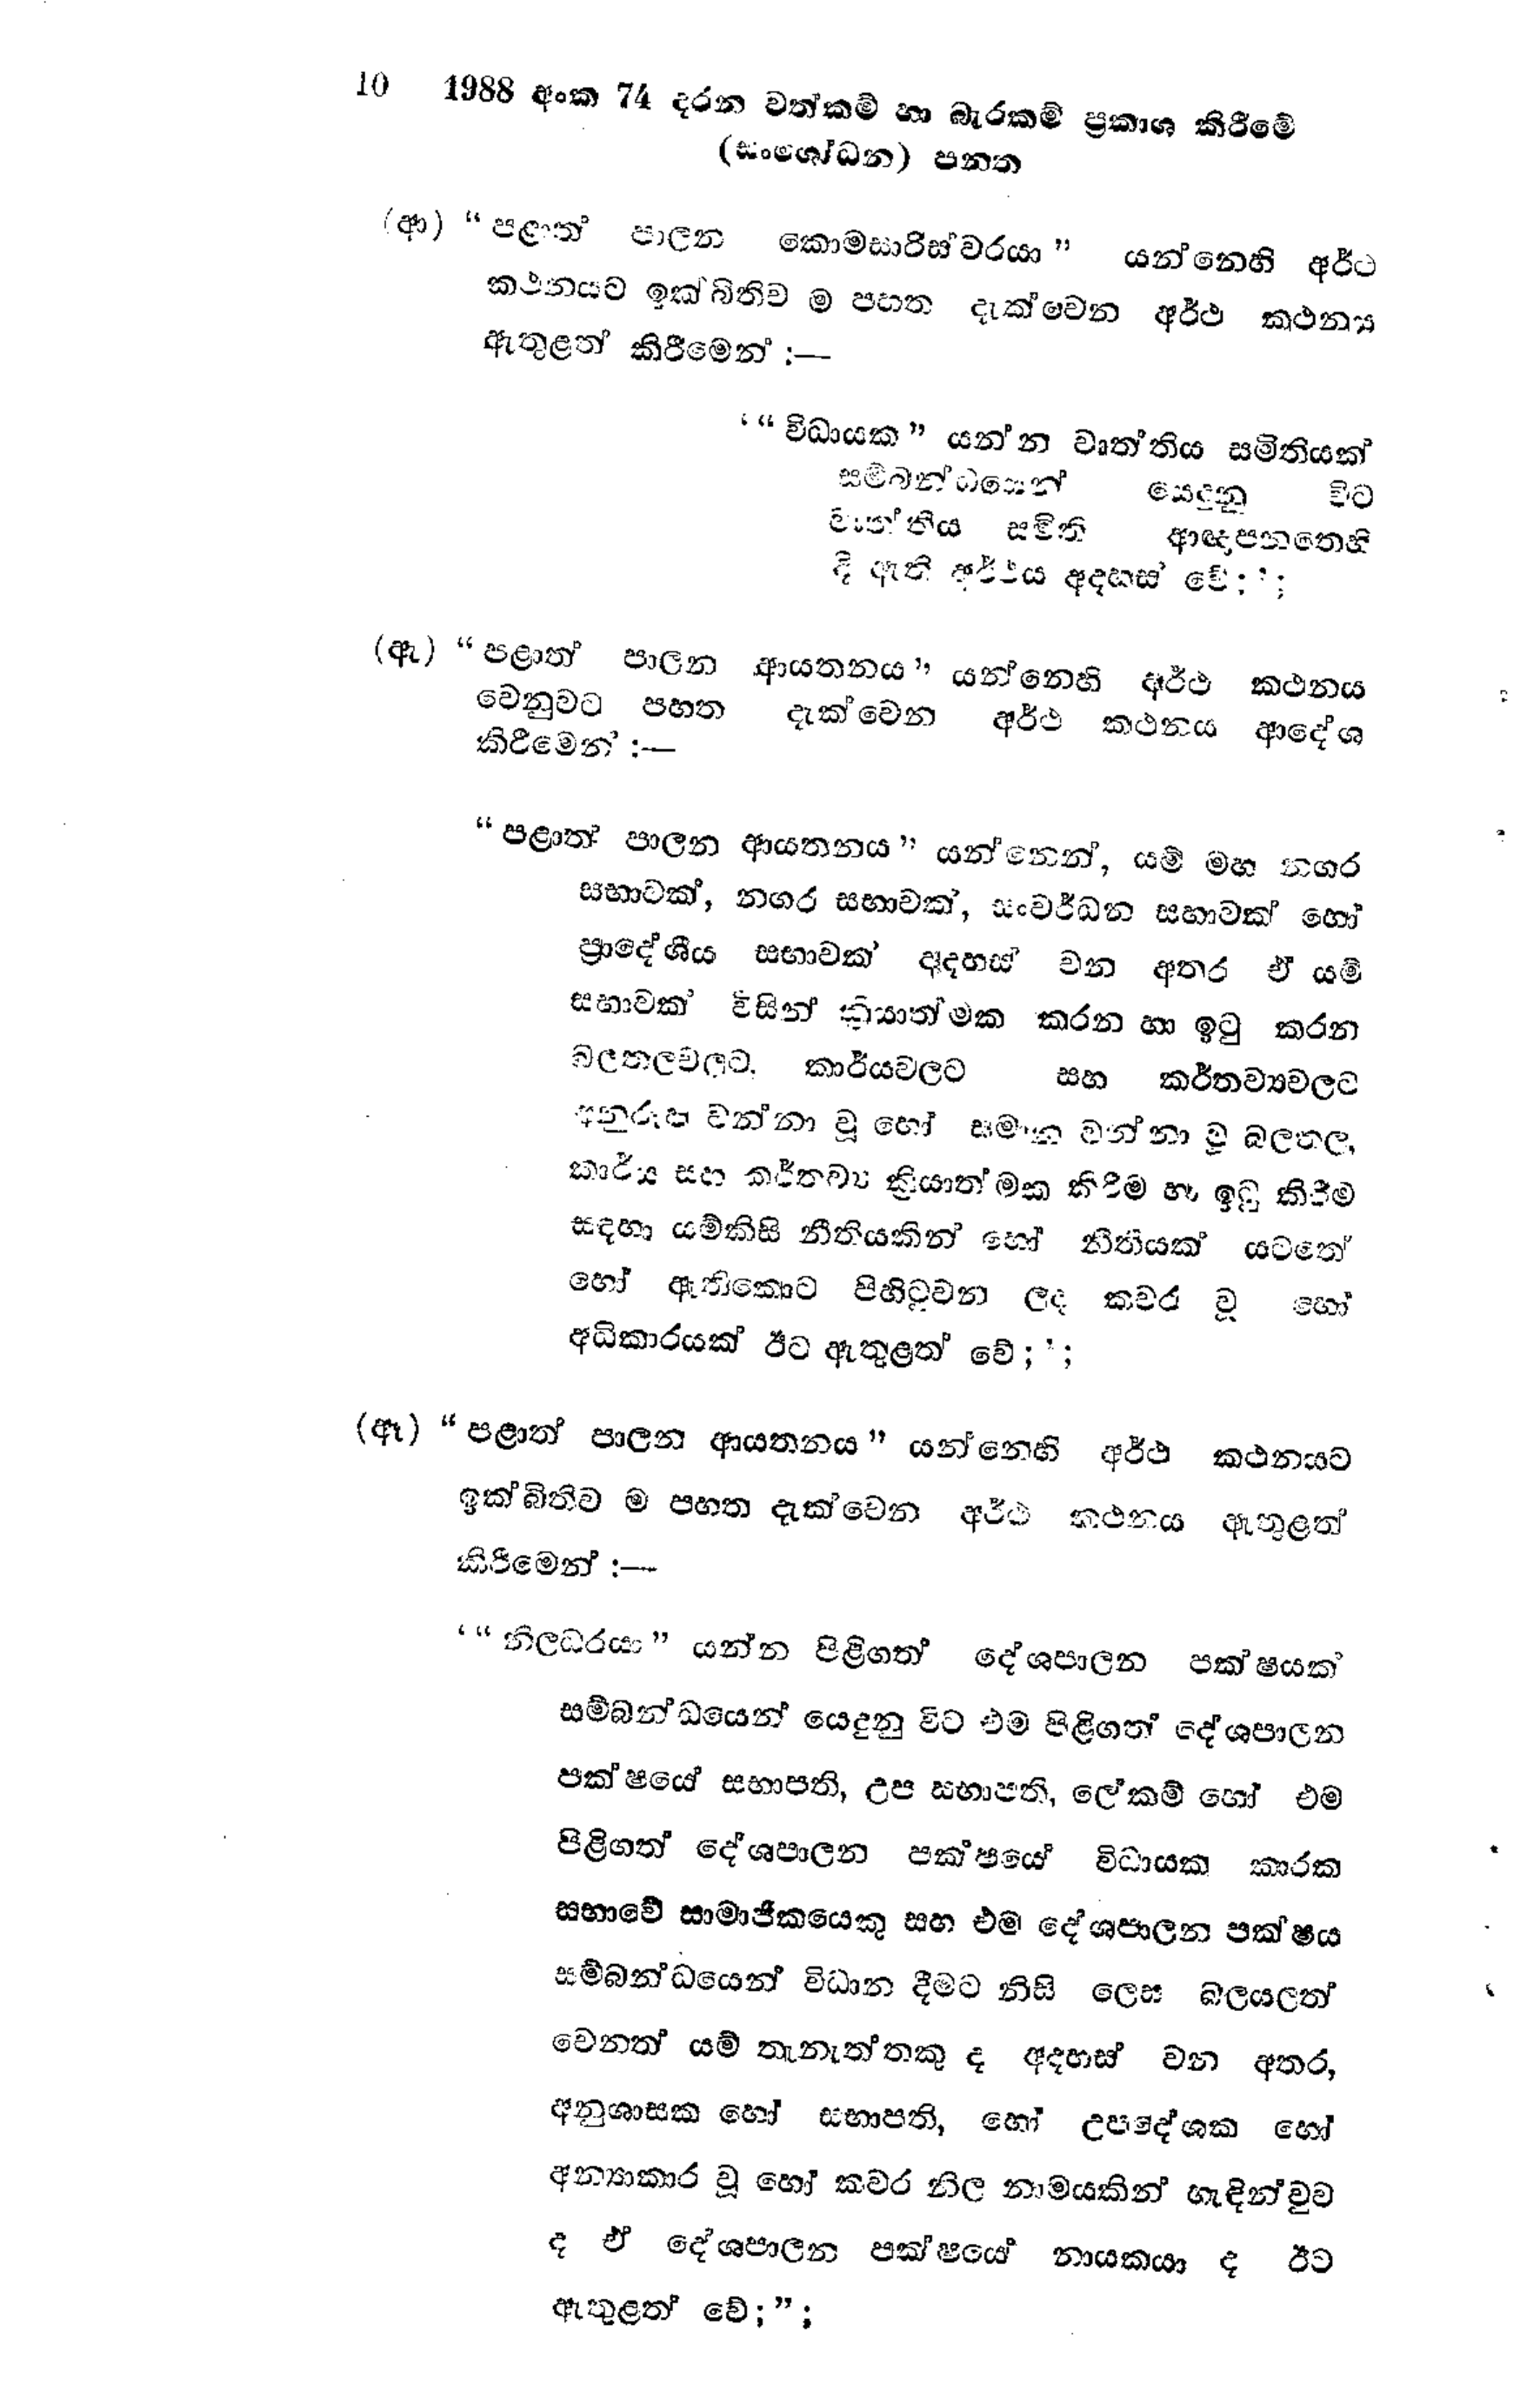
10 1988 අංක 74 දරන වත්කම් හා බැරකම් ප්‍රකාශ කිරීමේ
(සංශෝධන) පනත

(ආ) "පළාත් පාලන කොමසාරිස්වරයා " යන්නෙහි අර්ථ
කථනයට ඉක්බිතිව ම පහත දැක්වෙන අර්ථ කථන්‍ය
ඇතුළත් කිරීමෙන් :-

' "විධායක" යන්න වෘත්තිය සමිතියක්
සම්බන්ධයෙන් යෙදුනු විට
වෘත්තිය සමිති ආඥාපනතෙහි
දී ඇති අර්ථය අදහස් වේ;';

(ඇ) “පළාත් පාලන ආයතනය " යන්නෙහි අර්ථ කථනය
වෙනුවට පහත දැක්වෙන අර්ථ කථනය ආදේශ
කිරීමෙන් :-

"පළාත් පාලන ආයතනය " යන්නෙන්, යම් මහ නගර
සභාවක්, නගර සභාවක්, සංවර්ධන සභාවක් හෝ
ප්‍රාදේශීය සභාවක් අදහස් වන අතර ඒ යම්
සභාවක් විසින් ක්‍රියාත්මක කරන හා ඉටු කරන
බලතලවලට කාර්යවලට සහ කර්තව්‍යවලට
අනුරූප වන්නා වූ හෝ සමාන වන්නා වූ බලතල,
කාර්ය සහ කර්තව්‍ය ක්‍රියාත්මක කිරීම හෑ ඉටු කිරීම
සඳහා යම්කිසි නීතියකින් හෝ නීතියක් යටතේ
හෝ ඇතිකොට පිහිටුවන ලද කවර වූ හෝ
අධිකාරයක් ඊට ඇතුළත් වේ;';

(ඈ) "පළාත් පාලන ආයතනය " යන්නෙහි අර්ථ කථනයට
ඉක්බිතිවම පහත දැක්වෙන අර්ථ කථනය ඇතුළත්
කිරීමෙන් :-

' "නිලධරයා" යන්න පිළිගත් දේශපාලන පක්ෂයක්
සම්බන්ධයෙන් යෙදුනු විට එම පිළිගත් දේශපාලන
පක්ෂයේ සභාපති, උප සභාපති, ලේකම් හෝ එම
පිළිගත් දේශපාලන පක්ෂයේ විධායක කාරක
සභාවේ සාමාජීකයෙකු සහ එම දේශපාලන පක්ෂය
සම්බන්ධයෙන් විධාන දීමට නිසි ලෙස බලයලත්
වෙනත් යම් තැනැත්තකු ද අදහස් වන අතර,
අනුශාසක හෝ සභාපති, හෝ උපදේශක හෝ
අන්‍යාකාර වූ හෝ කවර නිල නාමයකින් හැඳින්වුව
ද ඒ දේශපාලන පක්ෂයේ නායකයා ද ඊට
ඇතුළත් වේ;";